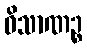
ဝိသာဏဉ္စ